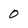
Character: 0